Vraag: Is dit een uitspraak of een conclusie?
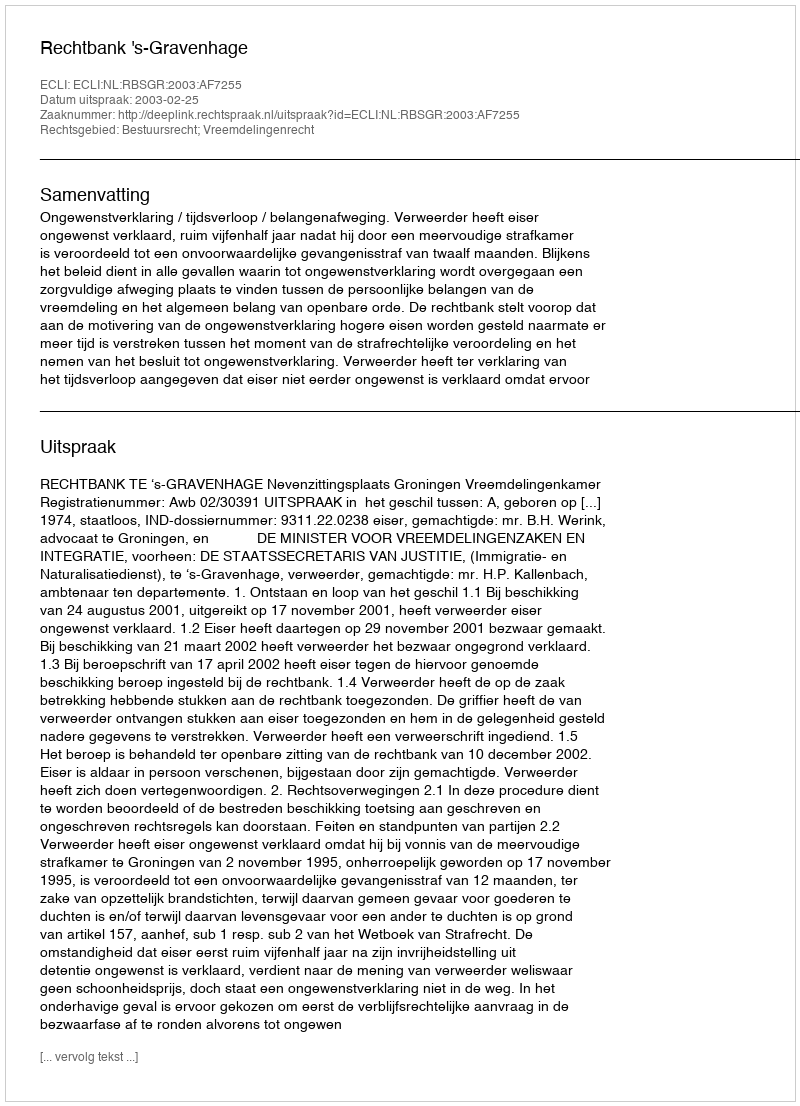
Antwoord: Uitspraak